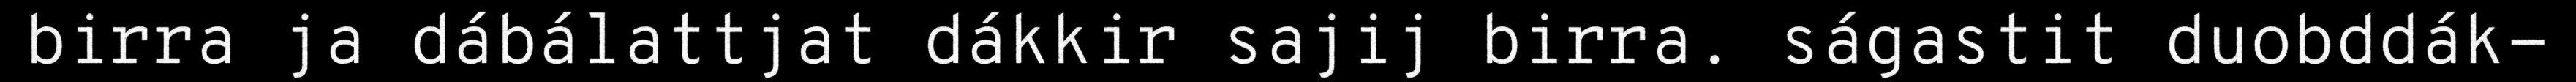
birra ja dábálattjat dákkir sajij birra. ságastit duobddák-